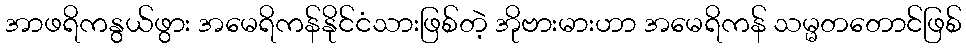
အာဖရိကနွယ်ဖွား အမေရိကန်နိုင်ငံသားဖြစ်တဲ့ အိုဗားမားဟာ အမေရိကန် သမ္မတတောင်ဖြစ်